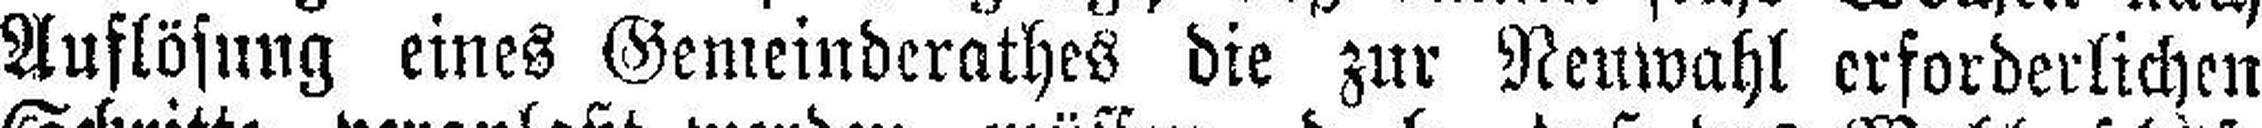
Auflösung eines Gemeinderathes die zur Neuwahl erforderlichen